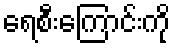
ရေစီးကြောင်းကို